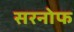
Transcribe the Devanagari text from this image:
सरनोफ